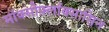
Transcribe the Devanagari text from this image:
मॉक्सीफ़्लॉक्सासिन